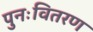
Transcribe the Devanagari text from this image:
पुनःवितरण